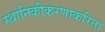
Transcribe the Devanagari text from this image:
स्थानिकीकरणाकरिता